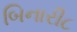
બિનારી૮